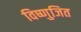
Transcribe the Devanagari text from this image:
विष्णुजित